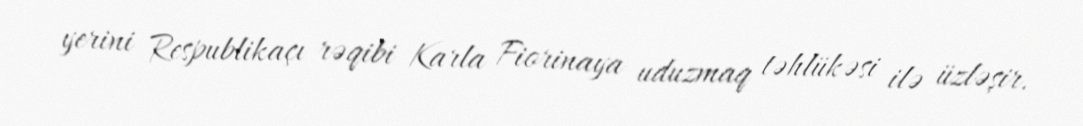
yerini Respublikaçı rəqibi Karla Fiorinaya uduzmaq təhlükəsi ilə üzləşir.